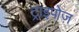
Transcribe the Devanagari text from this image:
ट्राइपोज़